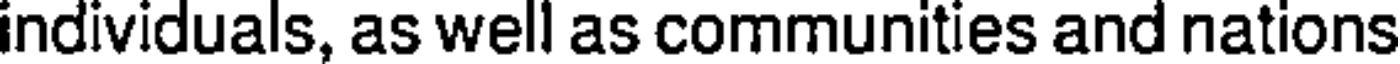
individuals, as well as communities and nations